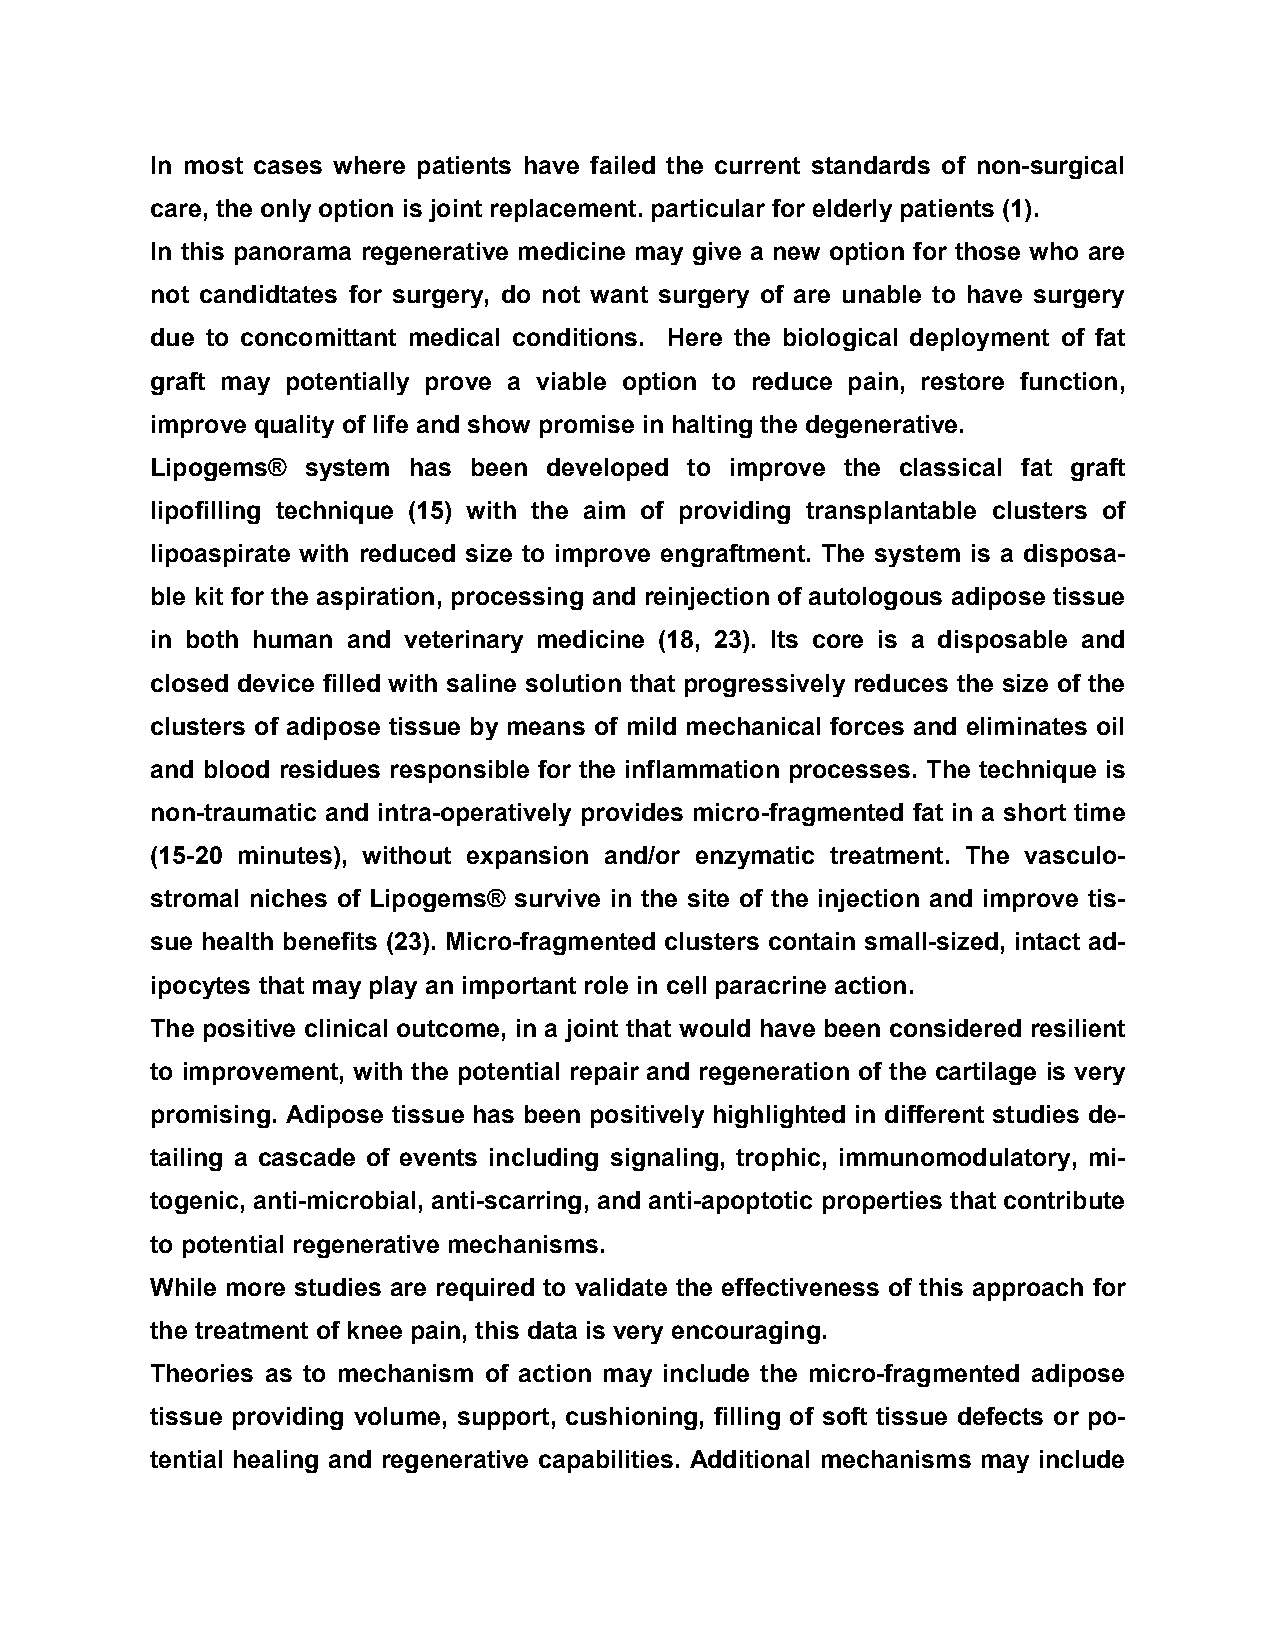
In most cases where patients have failed the current standards of non-surgical
 care, the only option is joint replacement. particular for elderly patients (1).
 In this panorama regenerative medicine may give a new option for those who are
 not candidtates for surgery, do not want surgery of are unable to have surgery
 due to concomittant medical conditions. Here the biological deployment of fat
 graft may potentially prove a viable option to reduce pain, restore function,
 improve quality of life and show promise in halting the degenerative.
 Lipogems® system has been developed to improve the classical fat graft
 lipofilling technique (15) with the aim of providing transplantable clusters of
 lipoaspirate with reduced size to improve engraftment. The system is a disposa-
 ble kit for the aspiration, processing and reinjection of autologous adipose tissue
 in both human and veterinary medicine (18, 23). Its core is a disposable and
 closed device filled with saline solution that progressively reduces the size of the
 clusters of adipose tissue by means of mild mechanical forces and eliminates oil
 and blood residues responsible for the inflammation processes. The technique is
 non-traumatic and intra-operatively provides micro-fragmented fat in a short time
 (15-20 minutes), without expansion and/or enzymatic treatment. The vasculo-
 stromal niches of Lipogems® survive in the site of the injection and improve tis-
 sue health benefits (23). Micro-fragmented clusters contain small-sized, intact ad-
 ipocytes that may play an important role in cell paracrine action.
 The positive clinical outcome, in a joint that would have been considered resilient
 to improvement, with the potential repair and regeneration of the cartilage is very
 promising. Adipose tissue has been positively highlighted in different studies de-
 tailing a cascade of events including signaling, trophic, immunomodulatory, mi-
 togenic, anti-microbial, anti-scarring, and anti-apoptotic properties that contribute
 to potential regenerative mechanisms.
 While more studies are required to validate the effectiveness of this approach for
 the treatment of knee pain, this data is very encouraging.
 Theories as to mechanism of action may include the micro-fragmented adipose
 tissue providing volume, support, cushioning, filling of soft tissue defects or po-
 tential healing and regenerative capabilities. Additional mechanisms may include